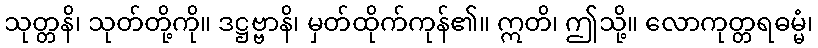
သုတ္တနိ၊ သုတ်တို့ကို။ ဒဋ္ဌဗ္ဗာနိ၊ မှတ်ထိုက်ကုန်၏။ ဣတိ၊ ဤသို့။ လောကုတ္တရဓမ္မံ၊